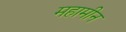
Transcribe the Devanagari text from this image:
महामीन